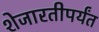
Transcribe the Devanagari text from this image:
शेजारतीपर्यंत